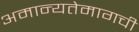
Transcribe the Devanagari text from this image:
अमान्यतेमागची